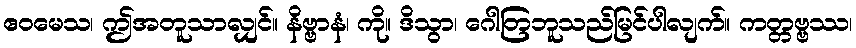
ဧဝမေသ၊ ဤအတူသာလျှင်။ နိဗ္ဗာနံ၊ ကို။ ဒိသွာ၊ ဂေါတြဘူသည်မြင်ပါလျက်။ ကတ္တဗ္ဗဿ၊